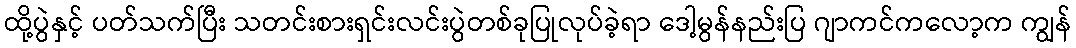
ထို့ပွဲနှင့် ပတ်သက်ပြီး သတင်းစားရှင်းလင်းပွဲတစ်ခုပြုလုပ်ခဲ့ရာ ဒေါ့မွန်နည်းပြ ဂျာကင်ကလော့က ကျွန်